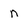
Character: n